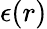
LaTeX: \epsilon(r)